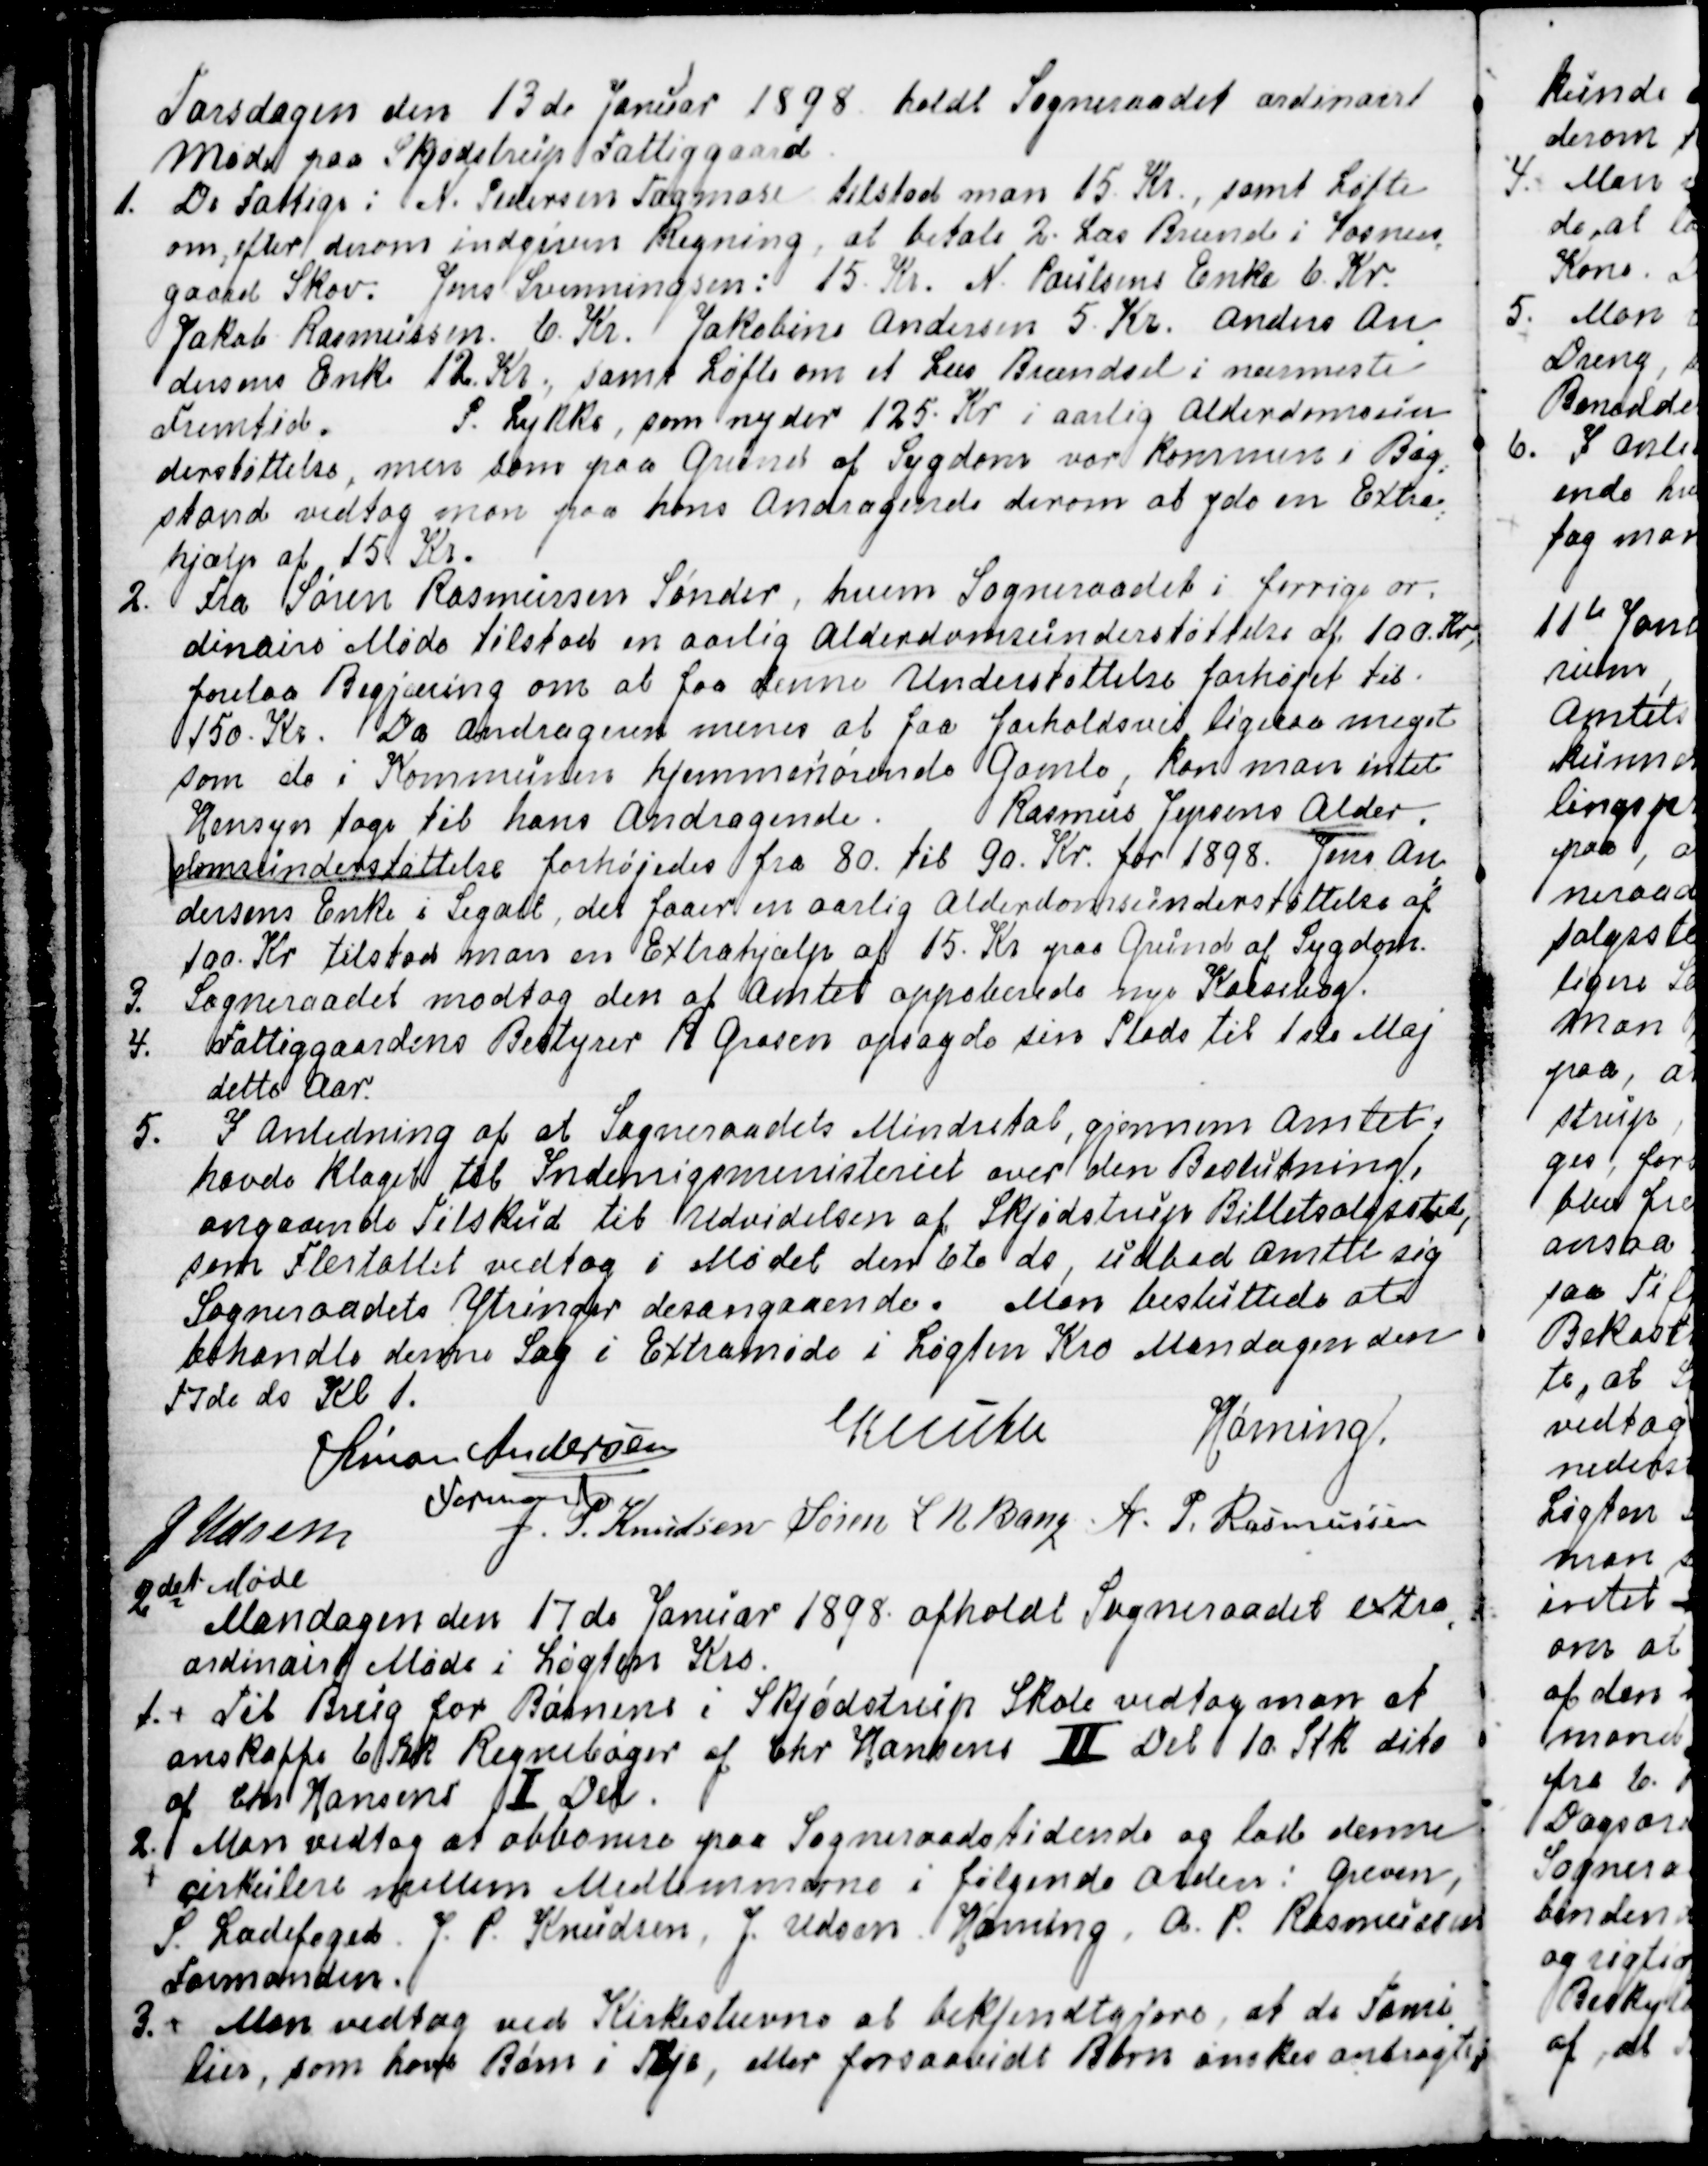
Transskription:
Torsdagen den 13de Januar 1898 holdt Sogneraadet ordinairt
Møde paa Skjødstrup Fattiggaard.
1. De Fattige:  N. Pedersen Tagmose tilstod man 15. Kr., samt Løfte
om, efter derom indgiven Regning, at betale 2. Læs Brænde i Vosnæs
=
gaard Skov. Jens Svenningsen: 15. Kr. N. Poulsens Enke 6. Kr.
Jakob Rasmussen. 6. Kr. Jakobine Andersen 5. Kr. Anders An
=
dersens Enke 12. Kr., samt Løfte om et Læs Brændsel i nærmeste
Fremtid.
P. Lykke, som nyder 125. Kr i aarlig Alderdomsun
=
derstøttelse, men som paa Grund af Sygdom var kommen i Bag
=
stand, vedtog man paa hans Andragende derom at yde en Extra
=
hjælp af 15 Kr.
2. Fra Søren Rasmussen Sønder, hvem Sogneraadet i forrige or=
dinaire Møde tilstod en aarlig Alderdomsunderstøttelse af 100. Kr,
forelaa Begjæring om at faa denne Understøttelse forhøjet til
150. Kr. Da Andrageren menes at faa forholdsvis ligesaa meget
som de Kommunen hjemmehørende Gamle, kan man intet
Hensyn tage til hans Andragende. Rasmus Jepsens Alder=
domsunderstøttelse forhøjedes fra 80. til 90 Kr. for 1898. Jens An
=
dersens Enke i Segalt, der faaer en aarlig Alderdomsunderstøttelse af
100. Kr tilstod man en Extrahjælp af 15. Kr paa Grund af Sygdom.
3. Sogneraadet modtog den af Amtet approberede nye Kassebog.
4. Fattiggaardens Bestyrer R Grosen opsagde sin Plads til 1ste Maj
dette Aar.
5. I Anledning af at Sogneraadets Mindretal, gjennem Amtet
havde Klaget til Indenrigsministeriet over den Beslutning,
angaaende Tilskud til Udvidelsen af Skjødstrup Billetsalgssted,
som Flertallet vedtog i Mødet den 6te ds, udbad Amtet sig
Sogneraadets Ytringer desangaaende. Man besluttede at
behandle denne Sag i Extramøde i Løgten Kro Mandagen den
17de ds Kl 1.
Simon Andersen
Formand
Knuth
Hørning.
J Udsen
J. P. Knudsen
Søren L N. Bang
A. P. Rasmussen

2det Møde
Mandagen den 17de Januar 1898. afholdt Sogneraadet extra
=
ordinairt Møde i Løgten Kro.
1.
Til Brug for Børnene i Skjødstrup Skole vedtog man at
anskaffe 6 stk Regnebøger af Chr. Hansen II Del 10. stk dito
af Chr. Hansens I Del.
2. Man vedtog at abbonere paa Sogneraadstidende og lade denne
cirkulere mellem Medlemmerne i følgende Orden: Greven,
S. Ladefoged, J. P. Knudsen, J. Udsen, Hørning, A. P. Rasmussen
Formanden.
3.
 Man vedtog ved Kirkestævne at bekjendtgjøre, at de Fami
=
lier, som have Børn i Pleje, eller forsaavidt Børn ønskes anbragte